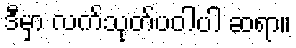
ဒီမှာ လက်သုတ်ပဝါပါ ဆရာ။